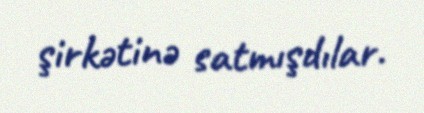
şirkətinə satmışdılar.